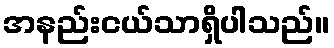
အနည်းငယ်သာရှိပါသည်။